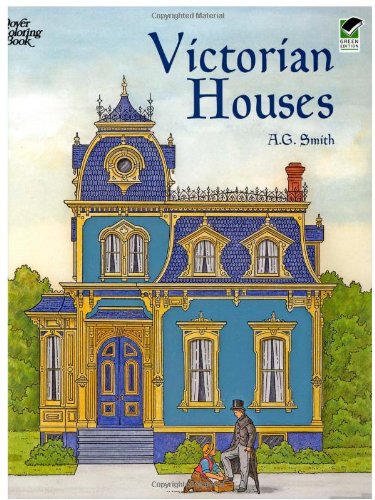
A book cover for Victorian Houses (Dover History Coloring Book); A. G. Smith; Crafts, Hobbies & Home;